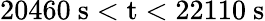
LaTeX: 20460\ \mathrm{s<t<22110\ \mathrm{s}}